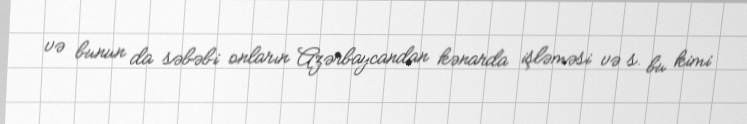
və bunun da səbəbi onların Azərbaycandan kənarda işləməsi və s. bu kimi